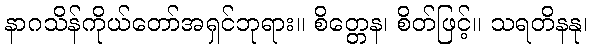
နာဂသိန်ကိုယ်တော်အရှင်ဘုရား။ စိတ္တေန၊ စိတ်ဖြင့်။ သရတိနနု၊